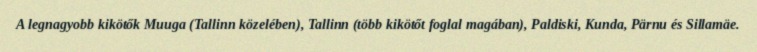
A legnagyobb kikötők Muuga (Tallinn közelében), Tallinn (több kikötőt foglal magában), Paldiski, Kunda, Pärnu és Sillamäe.